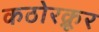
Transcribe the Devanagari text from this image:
कठोरक्रूर